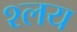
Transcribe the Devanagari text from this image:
श्लय